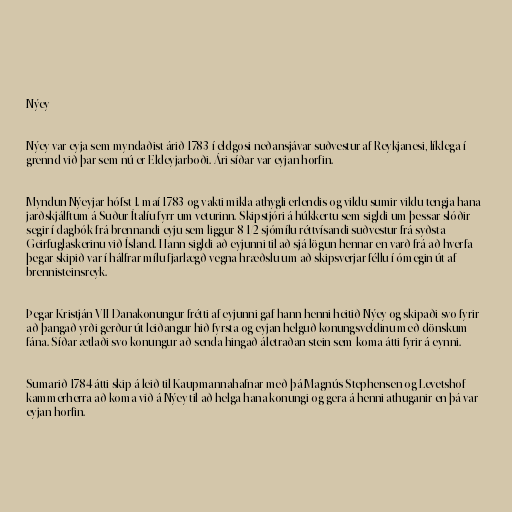
Nýey

Nýey var eyja sem myndaðist árið 1783 í eldgosi neðansjávar suðvestur af Reykjanesi, líklega í
grennd við þar sem nú er Eldeyjarboði. Ári síðar var eyjan horfin.

Myndun Nýeyjar hófst 1. maí 1783 og vakti mikla athygli erlendis og vildu sumir vildu tengja hana
jarðskjálftum á Suður-Ítalíu fyrr um veturinn. Skipstjóri á húkkertu sem sigldi um þessar slóðir
segir í dagbók frá brennandi eyju sem liggur 8 1/2 sjómílu réttvísandi suðvestur frá syðsta
Geirfuglaskerinu við Ísland. Hann sigldi að eyjunni til að sjá lögun hennar en varð frá að hverfa
þegar skipið var í hálfrar mílu fjarlægð vegna hræðslu um að skipsverjar féllu í ómegin út af
brennisteinsreyk.

Þegar Kristján VII Danakonungur frétti af eyjunni gaf hann henni heitið Nýey og skipaði svo fyrir
að þangað yrði gerður út leiðangur hið fyrsta og eyjan helguð konungsveldinu með dönskum
fána. Síðar ætlaði svo konungur að senda hingað áletraðan stein sem koma átti fyrir á eynni.

Sumarið 1784 átti skip á leið til Kaupmannahafnar með þá Magnús Stephensen og Levetshof
kammerherra að koma við á Nýey til að helga hana konungi og gera á henni athuganir en þá var
eyjan horfin.